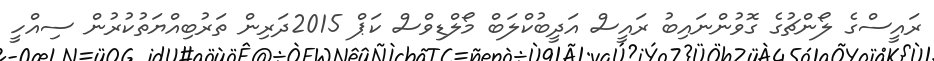
ރައީސްގެ ލޯންޗުގެ ގޮވުންނައިބު ރައީސް އަދީބުކްލަބް މޯލްޑިވްސް ކަޕް 2015ދަރިން ތަރުބިއްޔަތުކުރުން ސިއްހީ